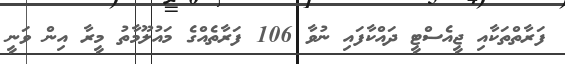
ފަރާތްތަކާއި ޖީއެސްޓީ ދައްކާފައި ނުވާ 106 ފަރާތެއްގެ މައުލޫމާތު މީރާ އިން ވަނީ